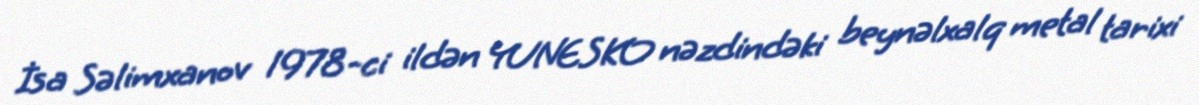
İsa Səlimxanov 1978-ci ildən YUNESKO nəzdindəki beynəlxalq metal tarixi